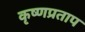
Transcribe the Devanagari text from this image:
कृष्णप्रताप